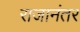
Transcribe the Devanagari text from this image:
राजानंतर